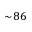
\sim \! 8 6